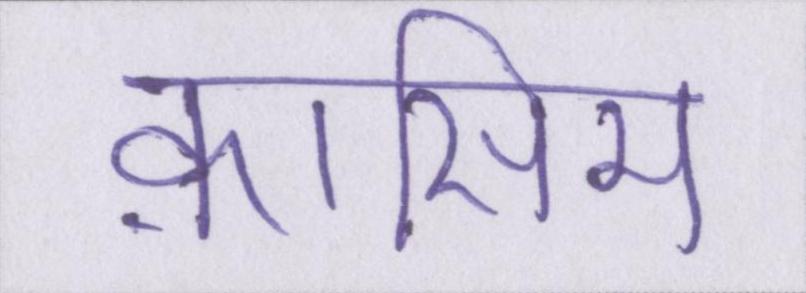
क़ासिम